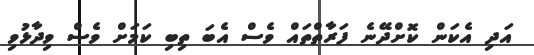
އަދި އެކަން ކޮށްދޭނެ ފަރާތްތައް ވެސް އެބަ ތިބި ކަމަށް ވެސް ވިދާޅުވި